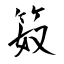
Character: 笯